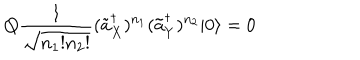
LaTeX: Q \frac { 1 } { \sqrt { n _ { 1 } ! n _ { 2 } ! } } ( \tilde { a } _ { X } ^ { \dagger } ) ^ { n _ { 1 } } ( \tilde { a } _ { Y } ^ { \dagger } ) ^ { n _ { 2 } } | 0 \rangle = 0